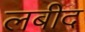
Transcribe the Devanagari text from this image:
लबीद